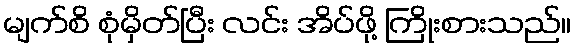
မျက်စိ စုံမှိတ်ပြီး လင်း အိပ်ဖို့ ကြိုးစားသည်။